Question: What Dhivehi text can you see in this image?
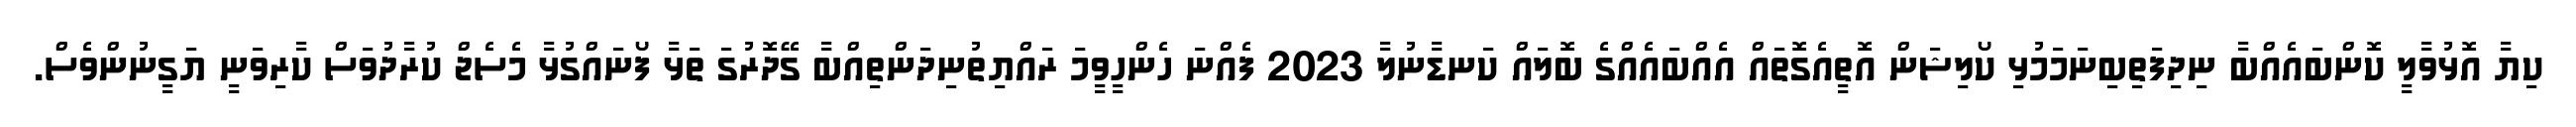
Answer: ކިޔާ އޮޅުވާލީ ކޮންބައެއްބާ ނިދިފަތިބިނަމަމުޅި ކޯލިޝަން އޮތީއެގޮތައް އެއްބައެއްގެ ބޮލައް ކަނޑާނުލާ 2023 ފެއްނަ ހެންހީވީމަ ރައްޔިތުނިދަންތިއްބާ ގޭދޮރުގަ ތަޅާ ފޯނައްގުޅާ މެސެޖް ކުރާދުވަސް ކާރިވަނީ ޔަގީނުންވެސް.